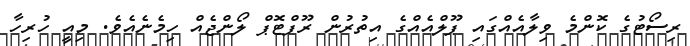
ރިސޯޓުގެ ކޮންމެ ވިލާއެއްގައި ޕޫލްއެއްގެ އިތުރުން ރޫފްޓޮޕް ލޯންޖެއް ހިމެނެއެވެ. މިއީ ހުރިހާ